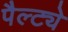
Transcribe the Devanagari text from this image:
पैल्ट्ये